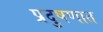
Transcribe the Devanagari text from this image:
प्रदुषणात